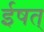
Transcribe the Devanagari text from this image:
ईषत्‌